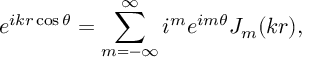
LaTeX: e ^ { i k r \cos { \theta } } = \displaystyle \sum _ { m = - \infty } ^ { \infty } i ^ { m } e ^ { i m \theta } J _ { m } ( k r ) ,